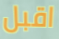
اقبل